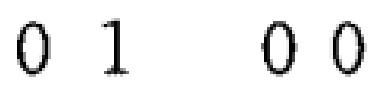
01 00